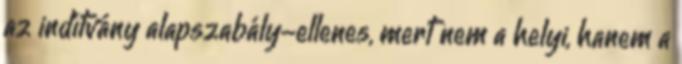
az indítvány alapszabály-ellenes, mert nem a helyi, hanem a